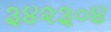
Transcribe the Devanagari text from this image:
३४२३०४